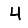
Digit: 4